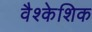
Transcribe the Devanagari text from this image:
वैश्केशिक